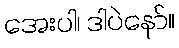
အေးပါ၊ ဒါပဲနော်။